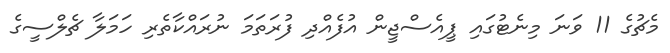
މެޗުގެ 11 ވަނަ މިނެޓުގައި ޕީއެސްޖީން އުފެއްދި ފުރަތަމަ ނުރައްކާތެރި ހަމަލާ ޗެލްސީގެ